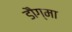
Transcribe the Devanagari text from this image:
डौग्मा